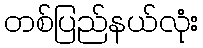
တစ်ပြည်နယ်လုံး